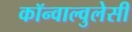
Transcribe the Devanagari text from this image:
कॉन्वाल्वुलेसी